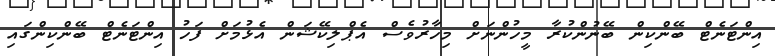
އިންޓަނެޓް ބޭންކިން ބޭނުންކުރާ މީހުންނަށް މިހާރުވެސް އެޕްލިކޭޝަން އެޅުމަށް ފަހު އިންޓަނެޓް ބޭންކިންގައި